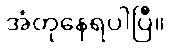
အံတုနေရပါပြီ။